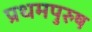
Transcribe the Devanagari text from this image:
प्रथमपुरुष